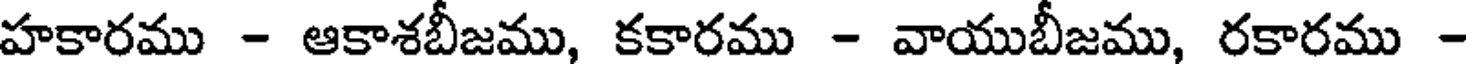
హకారము - ఆకాశబీజము, కకారము - వాయుబీజము, రకారము -